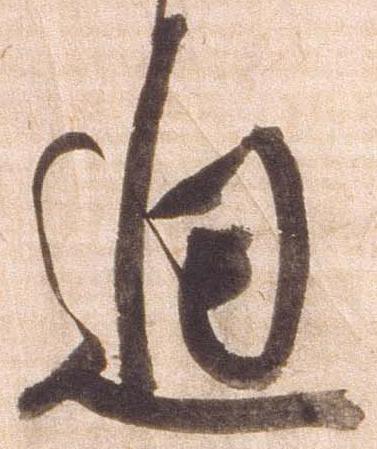
通